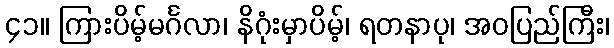
၄၁။ ကြားပိမ့်မင်္ဂလာ၊ နိဂုံးမှာပိမ့်၊ ရတနာပု၊ အဝပြည်ကြီး၊